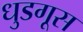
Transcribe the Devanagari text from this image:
धुडगूस